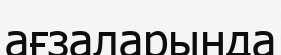
ағзаларында